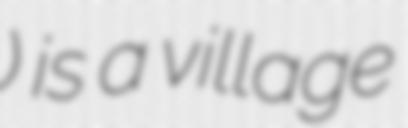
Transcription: Սոլակ) is a village